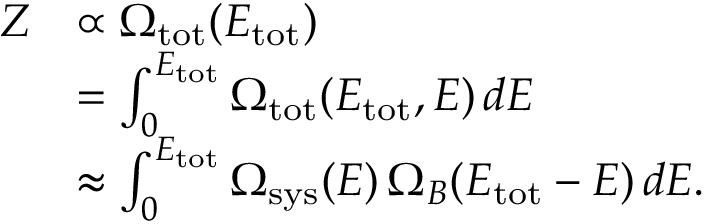
\begin{array} { r l } { Z } & { \propto \Omega _ { \mathrm { t o t } } ( E _ { \mathrm { t o t } } ) } \\ & { = \int _ { 0 } ^ { E _ { \mathrm { t o t } } } \Omega _ { \mathrm { t o t } } ( E _ { \mathrm { t o t } } , E ) \, d E } \\ & { \approx \int _ { 0 } ^ { E _ { \mathrm { t o t } } } \Omega _ { \mathrm { s y s } } ( E ) \, \Omega _ { B } ( E _ { \mathrm { t o t } } - E ) \, d E . } \end{array}